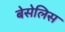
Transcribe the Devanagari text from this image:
बेसेलिस